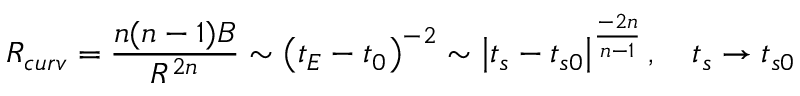
R _ { c u r v } = \frac { n ( n - 1 ) B } { R ^ { 2 n } } \sim \left( t _ { E } - t _ { 0 } \right) ^ { - 2 } \sim \left| t _ { s } - t _ { s 0 } \right| ^ { \frac { - 2 n } { n - 1 } } , \quad t _ { s } \rightarrow t _ { s 0 }